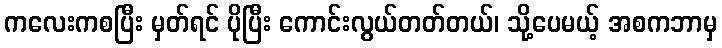
ကလေးကစပြီး မှတ်ရင် ပိုပြီး ကောင်းလွယ်တတ်တယ်၊ သို့ပေမယ့် အစကဘာမှ